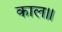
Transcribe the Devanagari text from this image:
काल॥